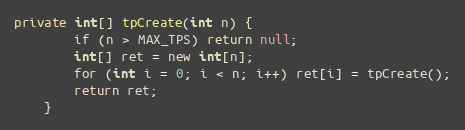
Language: Java
private int[] tpCreate(int n) {
		if (n > MAX_TPS) return null;
		int[] ret = new int[n];
		for (int i = 0; i < n; i++) ret[i] = tpCreate();
		return ret;
	}